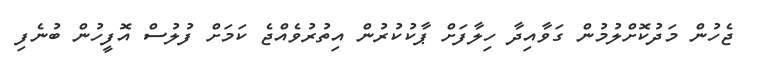
ޖެހުން މަދުކޮށްލުމުން ގަވާއިދާ ހިލާފަށް ޕާކުކުރުން އިތުރުވެއްޖެ ކަމަށް ފުލުސް އޮފީހުން ބުނެފި